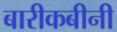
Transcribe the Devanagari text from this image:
बारीकबीनी